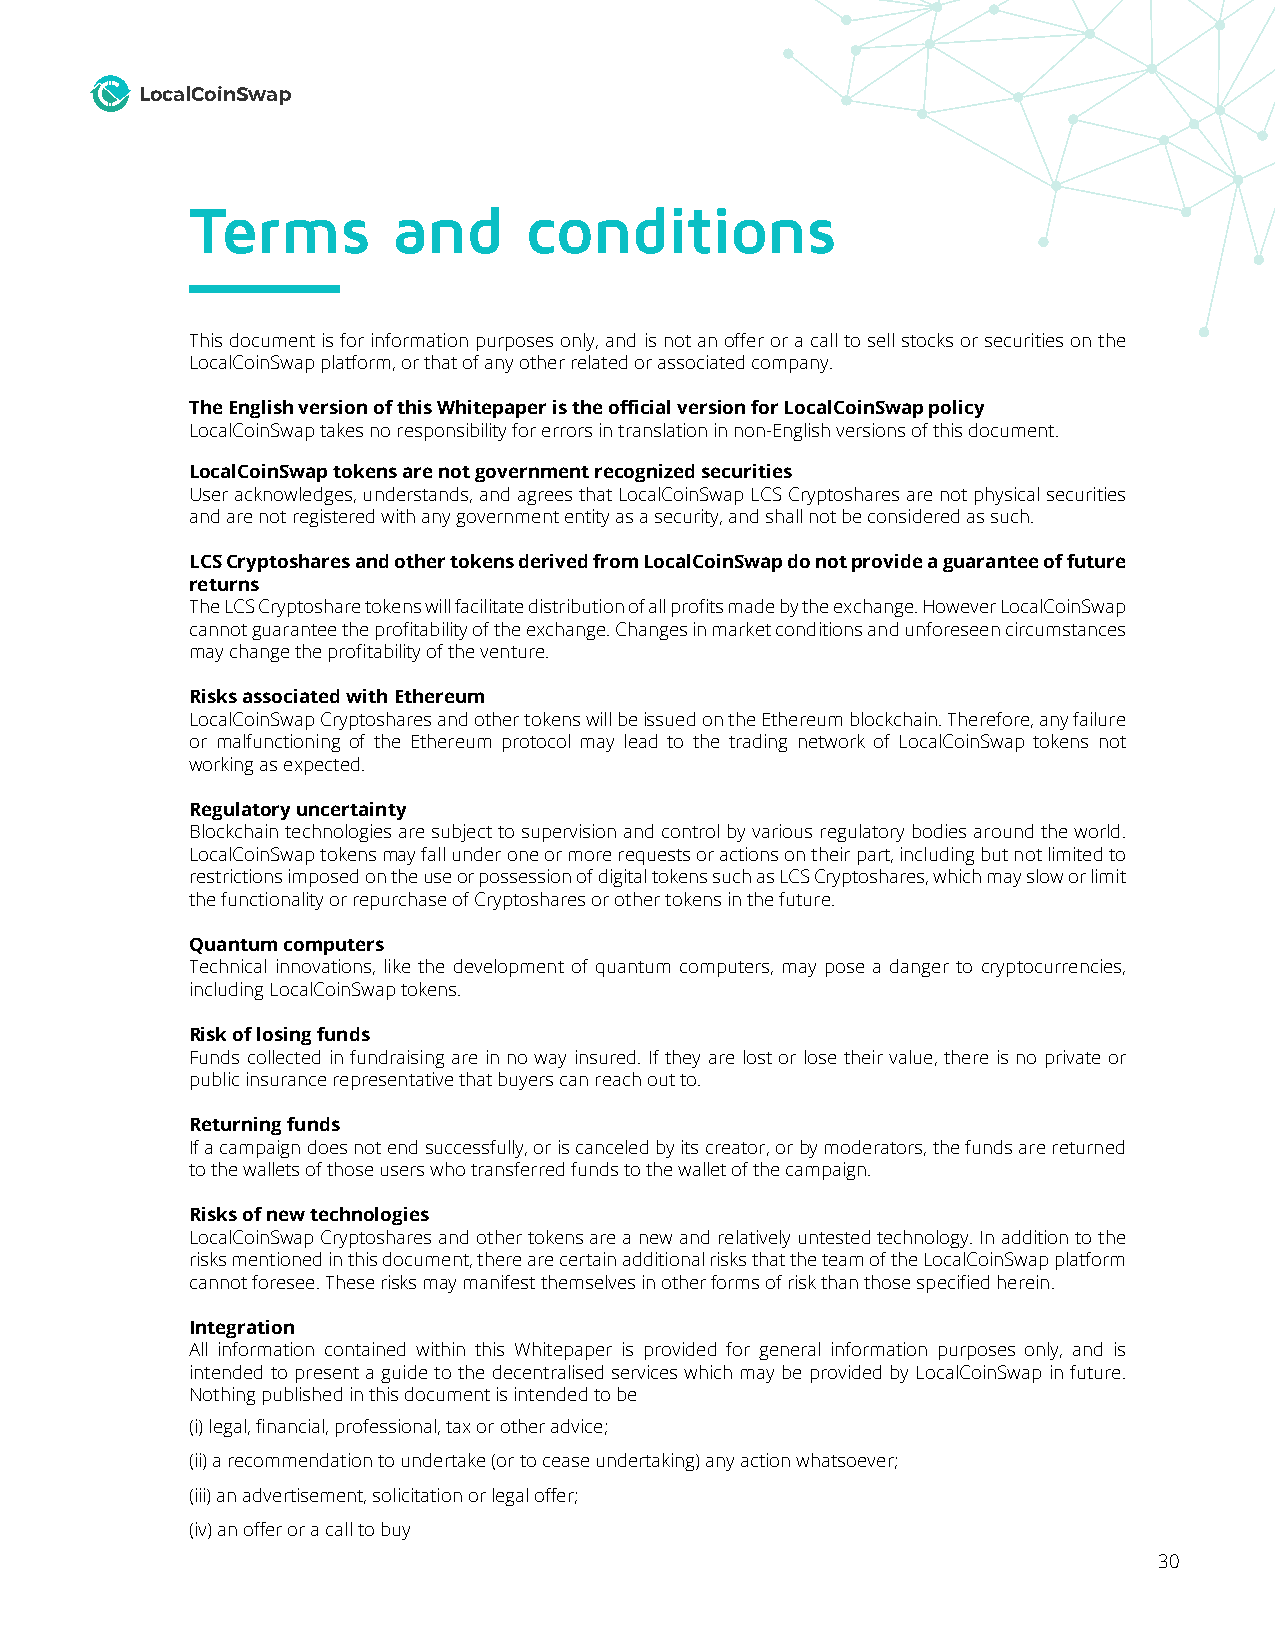
LocalCoinSwap
 Terms        and      conditions
 This document is for information purposes only, and is not an offer or a call to sell stocks or securities on the
 LocalCoinSwap platform, or that of any other related or associated company.
 The English version of this Whitepaper is the official version for LocalCoinSwap policy
 LocalCoinSwap takes no responsibility for errors in translation in non-English versions of this document.
 LocalCoinSwap tokens are not government recognized securities
 User acknowledges, understands, and agrees that LocalCoinSwap LCS Cryptoshares are not physical securities
 and are not registered with any government entity as a security, and shall not be considered as such.
 LCS Cryptoshares and other tokens derived from LocalCoinSwap do not provide a guarantee of future
 returns
 The LCS Cryptoshare tokens will facilitate distribution of all profits made by the exchange. However LocalCoinSwap
 cannot guarantee the profitability of the exchange. Changes in market conditions and unforeseen circumstances
 may change the profitability of the venture.
 Risks associated with Ethereum
 LocalCoinSwap Cryptoshares and other tokens will be issued on the Ethereum blockchain. Therefore, any failure
 or malfunctioning of the Ethereum protocol may lead to the trading network of LocalCoinSwap tokens not
 working as expected.
 Regulatory uncertainty
 Blockchain technologies are subject to supervision and control by various regulatory bodies around the world.
 LocalCoinSwap tokens may fall under one or more requests or actions on their part, including but not limited to
 restrictions imposed on the use or possession of digital tokens such as LCS Cryptoshares, which may slow or limit
 the functionality or repurchase of Cryptoshares or other tokens in the future.
 Quantum computers
 Technical innovations, like the development of quantum computers, may pose a danger to cryptocurrencies,
 including LocalCoinSwap tokens.
 Risk of losing funds
 Funds collected in fundraising are in no way insured. If they are lost or lose their value, there is no private or
 public insurance representative that buyers can reach out to.
 Returning funds
 If a campaign does not end successfully, or is canceled by its creator, or by moderators, the funds are returned
 to the wallets of those users who transferred funds to the wallet of the campaign.
 Risks of new technologies
 LocalCoinSwap Cryptoshares and other tokens are a new and relatively untested technology. In addition to the
 risks mentioned in this document, there are certain additional risks that the team of the LocalCoinSwap platform
 cannot foresee. These risks may manifest themselves in other forms of risk than those specified herein.
 Integration
 All information contained within this Whitepaper is provided for general information purposes only, and is
 intended to present a guide to the decentralised services which may be provided by LocalCoinSwap in future.
 Nothing published in this document is intended to be
 (i)legal, financial, professional, tax or other advice;
 (ii)a recommendation to undertake (or to cease undertaking) any action whatsoever;
 (iii)an advertisement, solicitation or legal offer;
 (iv)an offer or a call to buy
 30